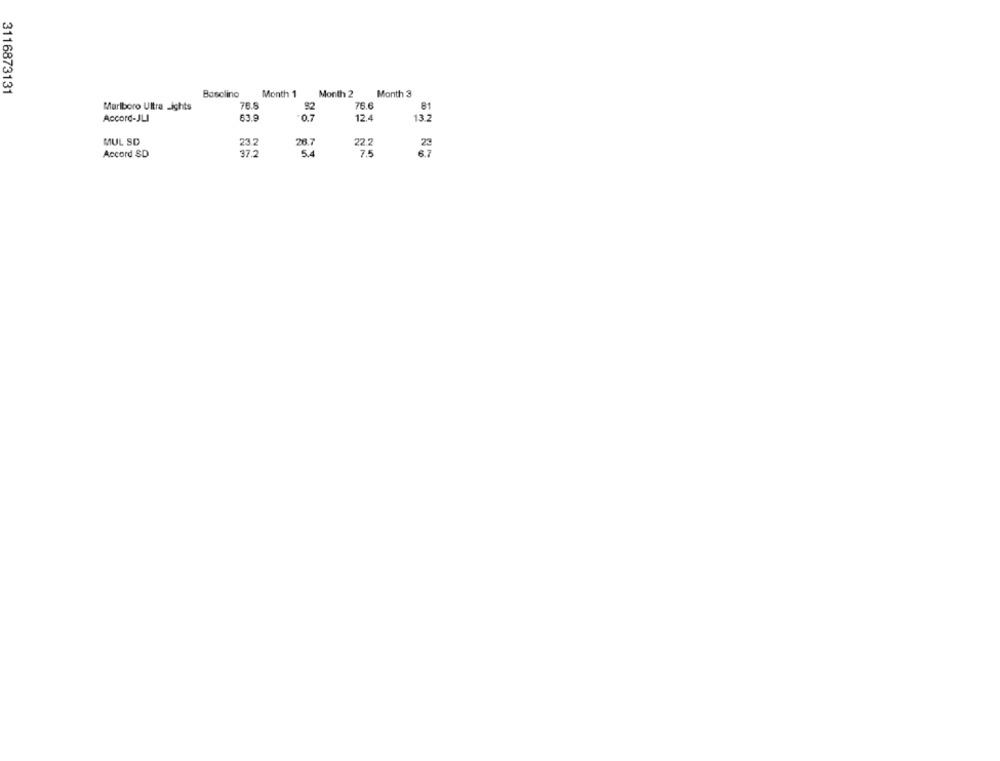
3116873131
Month 1
Month 3
Basclino
Month 2
Marlboro Ultra -ights
78.5
92
75.6
81
Accord-JLI
63.9
0.7
12.4
13.2
MUL SD
23.2
26.7
22.2
23
Accord SD
37.2
5.4
7.5
6.7